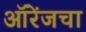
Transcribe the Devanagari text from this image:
ऑरेंजचा